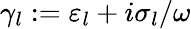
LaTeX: \gamma_{l}:=\varepsilon_{l}+i\sigma_{l}/\omega